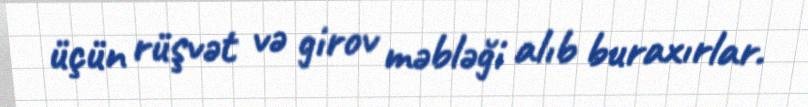
üçün rüşvət və girov məbləği alıb buraxırlar.